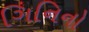
ગિનિનો